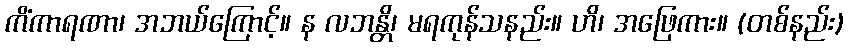
ကိံကာရဏာ၊ အဘယ်ကြောင့်။ န လဘန္တိ၊ မရကုန်သနည်း။ ဟိ၊ အဖြေကား။ (တစ်နည်း)